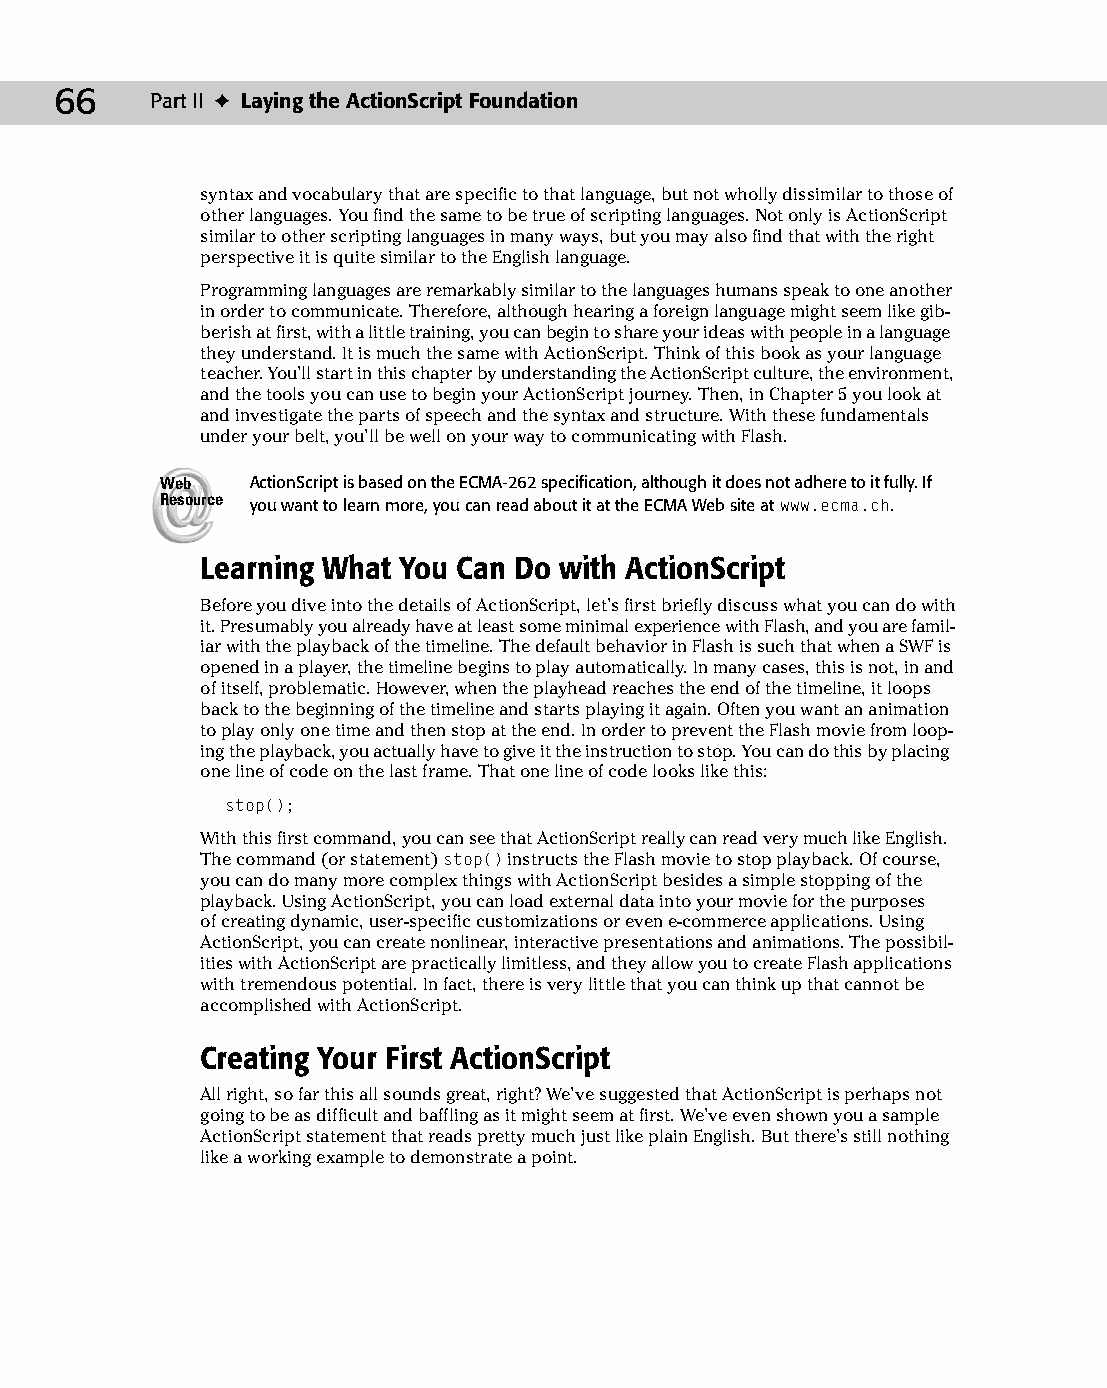
07 543547 ch04.qxd 3/24/04 3:50 PM Page 66
 66    Part II ✦ Laying the ActionScript Foundation
 syntax and vocabulary that are specific to that language, but not wholly dissimilar to those of
 other languages. You find the same to be true of scripting languages. Not only is ActionScript
 similar to other scripting languages in many ways, but you may also find that with the right
 perspective it is quite similar to the English language.
 Programming languages are remarkably similar to the languages humans speak to one another
 in order to communicate. Therefore, although hearing a foreign language might seem like gib­
 berish at first, with a little training, you can begin to share your ideas with people in a language
 they understand. It is much the same with ActionScript. Think of this book as your language
 teacher. You’ll start in this chapter by understanding the ActionScript culture, the environment,
 and the tools you can use to begin your ActionScript journey. Then, in Chapter 5 you look at
 and investigate the parts of speech and the syntax and structure. With these fundamentals
 under your belt, you’ll be well on your way to communicating with Flash.
 Web   ActionScript is based on the ECMA-262 specification, although it does not adhere to it fully. If
 Resource you want to learn more, you can read about it at the ECMA Web site at www.ecma.ch.
 Learning What You Can Do with ActionScript
 Before you dive into the details of ActionScript, let’s first briefly discuss what you can do with
 it. Presumably you already have at least some minimal experience with Flash, and you are famil­
 iar with the playback of the timeline. The default behavior in Flash is such that when a SWF is
 opened in a player, the timeline begins to play automatically. In many cases, this is not, in and
 of itself, problematic. However, when the playhead reaches the end of the timeline, it loops
 back to the beginning of the timeline and starts playing it again. Often you want an animation
 to play only one time and then stop at the end. In order to prevent the Flash movie from loop­
 ing the playback, you actually have to give it the instruction to stop. You can do this by placing
 one line of code on the last frame. That one line of code looks like this:
 stop();
 With this first command, you can see that ActionScript really can read very much like English.
 The command (or statement) stop() instructs the Flash movie to stop playback. Of course,
 you can do many more complex things with ActionScript besides a simple stopping of the
 playback. Using ActionScript, you can load external data into your movie for the purposes
 of creating dynamic, user-specific customizations or even e-commerce applications. Using
 ActionScript, you can create nonlinear, interactive presentations and animations. The possibil­
 ities with ActionScript are practically limitless, and they allow you to create Flash applications
 with tremendous potential. In fact, there is very little that you can think up that cannot be
 accomplished with ActionScript.
 Creating Your First ActionScript
 All right, so far this all sounds great, right? We’ve suggested that ActionScript is perhaps not
 going to be as difficult and baffling as it might seem at first. We’ve even shown you a sample
 ActionScript statement that reads pretty much just like plain English. But there’s still nothing
 like a working example to demonstrate a point.